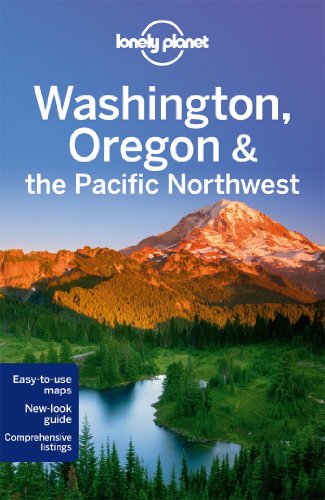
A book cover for Lonely Planet Washington, Oregon & the Pacific Northwest (Travel Guide); Lonely Planet; Travel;